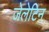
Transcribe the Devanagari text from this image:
जेलेटिन